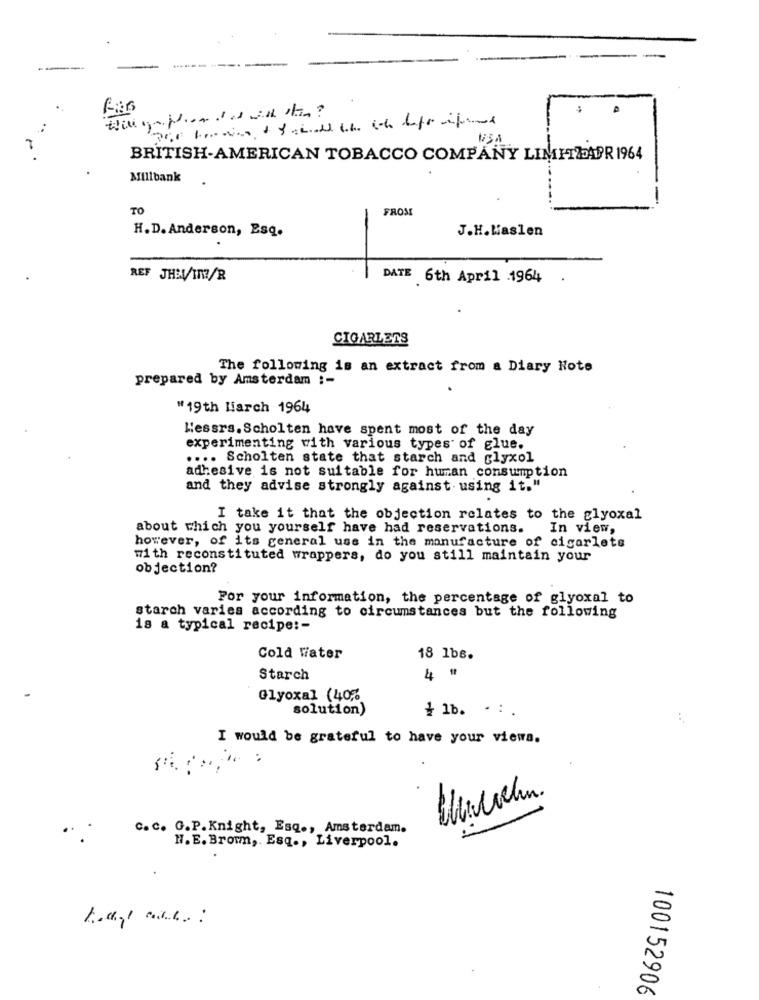
BRITISH-AMERICAN TOBACCO COMPANY LIMITZAPR 1964
Millbank
-
TO
FROM
J.H.Waslen
H. D. Anderson, Esq.
REF JHWIN7/R
DATE 6th April 1964
CIGARLERS
The following is an extract from a Diary Note
prepared by Amsterdam :-
#19th liarch 1964
Messrs. Scholten have spent most of the day
experimenting with various types of glue.
.... Scholten state that starch and glyxol
adhesive is not suitable for human consumption
and they advise strongly against using it."
I take it that the objection relates to the glyoxal
about which you yourself have had reservations.
In view,
however, of its general use in the manufacture of cigarlets
with reconstituted wrappers, do you still maintain your
objection?
For your information, the percentage of glyoxal to
starch varies according to circumstances but the following
18 a typical recipe :-
Cold Water
18 1b6.
Starch
44 "
Glyoxal (40%
solution)
+ 1b. . .
I would be grateful to have your views.
C.C. G.P.Knight, Esq ., Amsterdam.
H. E. Brown ,. Esq ., Liverpool.
100152906